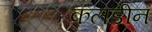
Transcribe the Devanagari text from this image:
कलडीन